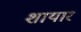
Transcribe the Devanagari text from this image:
शायार